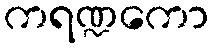
ကရဏ္ဍကော